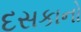
દસકાનો